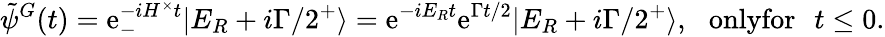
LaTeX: \tilde{\psi}^{G}(t)=\textrm{e}_{-}^{-iH^{\times}t}|E_{R}+i\Gamma/2^{+}\rangle=\textrm{e}^{-iE_{R}t}\textrm{e}^{\Gamma t/2}|E_{R}+i\Gamma/2^{+}\rangle,\, \, \, \, \textup{onlyfor}\, \, \, \, t\leq 0.